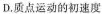
D.质点运动的初速度